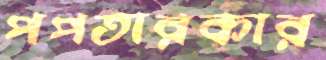
পপতারকার